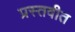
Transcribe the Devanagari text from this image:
प्रस्तवीत